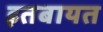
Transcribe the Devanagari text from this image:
इतबायत